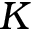
K